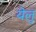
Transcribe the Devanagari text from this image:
येलु